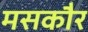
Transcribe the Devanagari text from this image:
मसकौर